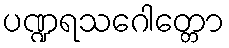
ပဏ္ဍရသဂေါတ္တော